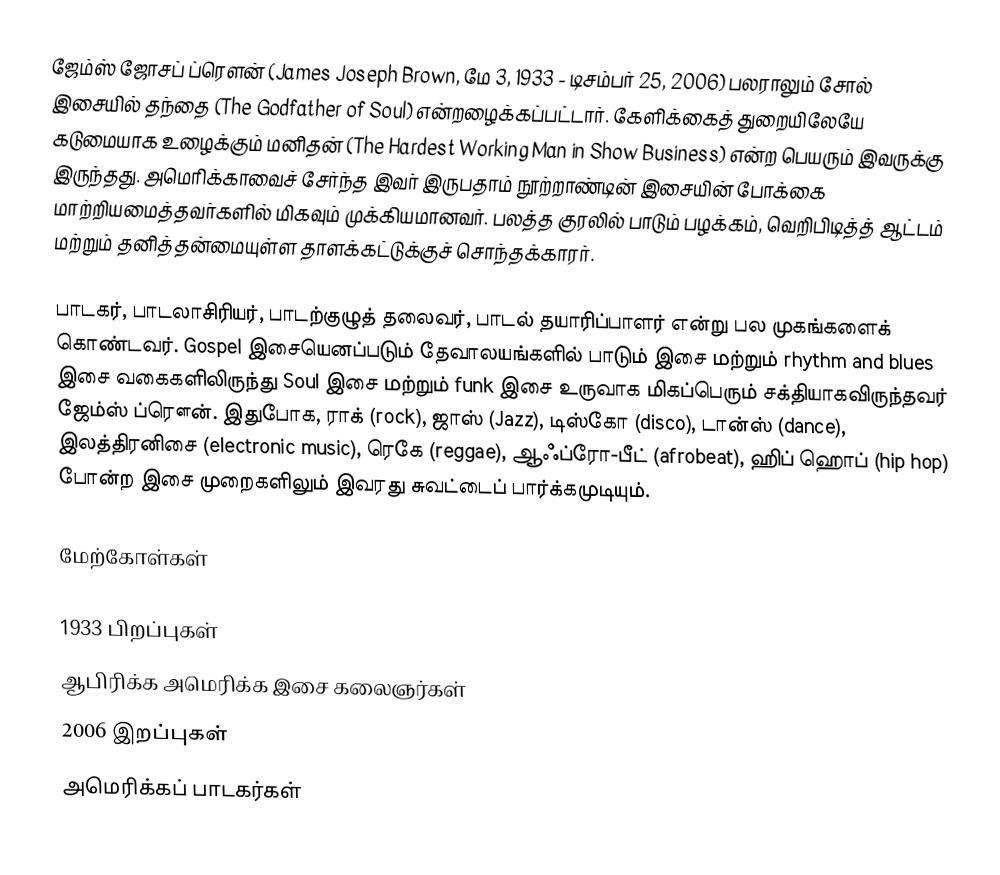
ஜேம்ஸ் ஜோசப் ப்ரௌன் (James Joseph Brown, மே 3, 1933 - டிசம்பர் 25, 2006) பலராலும் சோல் இசையில் தந்தை (The Godfather of Soul) என்றழைக்கப்பட்டார். கேளிக்கைத் துறையிலேயே கடுமையாக உழைக்கும் மனிதன் (The Hardest Working Man in Show Business) என்ற பெயரும் இவருக்கு இருந்தது. அமெரிக்காவைச் சேர்ந்த இவர் இருபதாம் நூற்றாண்டின் இசையின் போக்கை மாற்றியமைத்தவர்களில் மிகவும் முக்கியமானவர். பலத்த குரலில் பாடும் பழக்கம், வெறிபிடித்த் ஆட்டம் மற்றும் தனித்தன்மையுள்ள தாளக்கட்டுக்குச் சொந்தக்காரர்.

பாடகர், பாடலாசிரியர், பாடற்குழுத் தலைவர், பாடல் தயாரிப்பாளர் என்று பல முகங்களைக் கொண்டவர். Gospel இசையெனப்படும் தேவாலயங்களில் பாடும் இசை மற்றும் rhythm and blues இசை வகைகளிலிருந்து Soul இசை மற்றும் funk இசை உருவாக மிகப்பெரும் சக்தியாகவிருந்தவர் ஜேம்ஸ் ப்ரௌன். இதுபோக, ராக் (rock), ஜாஸ் (Jazz), டிஸ்கோ (disco), டான்ஸ் (dance), இலத்திரனிசை (electronic music), ரெகே (reggae), ஆஃப்ரோ-பீட் (afrobeat), ஹிப் ஹொப் (hip hop) போன்ற இசை முறைகளிலும் இவரது சுவட்டைப் பார்க்கமுடியும்.

மேற்கோள்கள்

1933 பிறப்புகள்
ஆபிரிக்க அமெரிக்க இசை கலைஞர்கள்
2006 இறப்புகள்
அமெரிக்கப் பாடகர்கள்